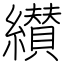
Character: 纉